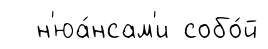
н'юа́нсам'и собо́й